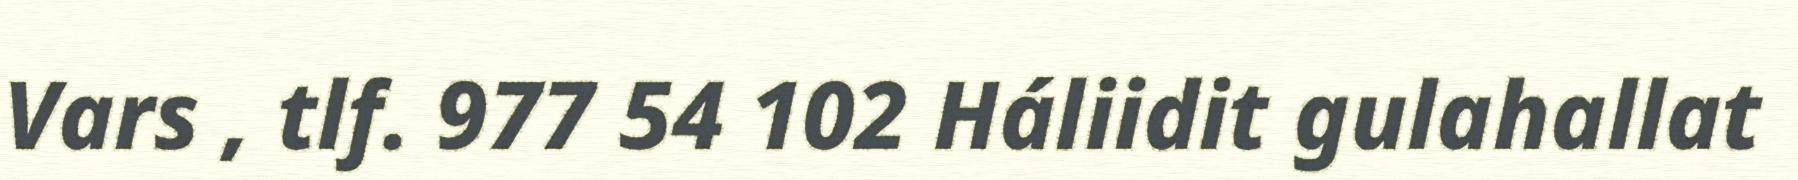
Vars , tlf. 977 54 102 Háliidit gulahallat